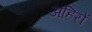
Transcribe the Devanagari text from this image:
अहिरों